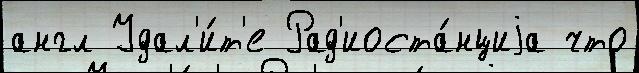
англ Удал'и́т'е Рад'иоста́нциjа что